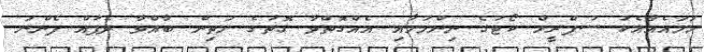
ހަމައެއާއެކު ސުޕްރީމް ކޯޓުގެ ނިންމުމާއި އެއްގޮތްވާ ގޮތުގެ މަތިން ބާއްވާ ދެފުއް ފެންނަ